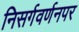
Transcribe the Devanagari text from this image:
निसर्गवर्णनपर